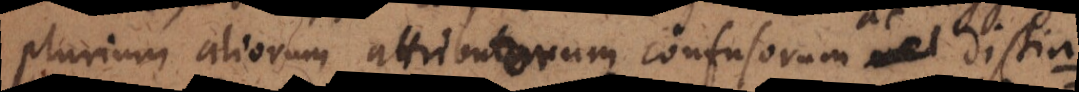
plurium aliorum attributorum confusorum ac distin